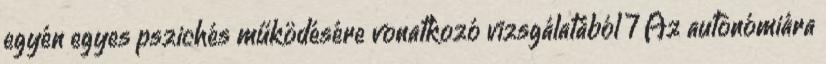
egyén egyes pszichés működésére vonatkozó vizsgálatából 7 Az autonómiára